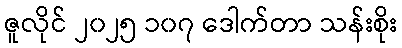
ဇူလိုင် ၂၀၂၅ ၁၀၇ ဒေါက်တာ သန်းစိုး